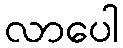
လာပေါ